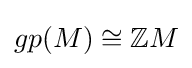
gp(M)\cong \mathbb {Z} M